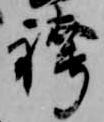
袴